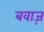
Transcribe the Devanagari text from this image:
बवाज़